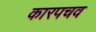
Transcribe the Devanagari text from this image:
कारपचव